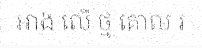
អាង លើ ថ្ម គោល រ